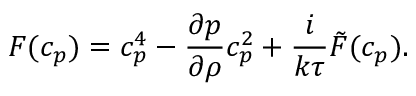
F ( c _ { p } ) = c _ { p } ^ { 4 } - \frac { \partial p } { \partial \rho } c _ { p } ^ { 2 } + \frac { i } { k \tau } \tilde { F } ( c _ { p } ) .